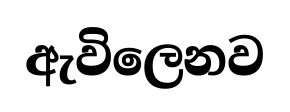
ඇවිලෙනව